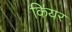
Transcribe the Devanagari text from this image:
कियर